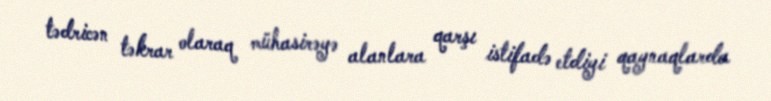
tədricən təkrar olaraq mühasirəyə alanlara qarşı istifadə etdiyi qaynaqlarda